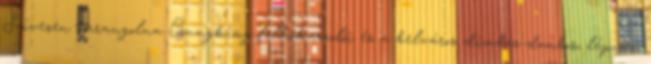
Szívesen barangolna Csungking felhőkarcolói és a belváros dimbes-dombos, lépcsős,